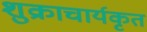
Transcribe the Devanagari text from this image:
शुक्राचार्यकृत